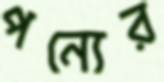
পন্যের